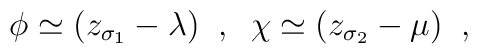
\phi\simeq(z_{\sigma_{1}}-\lambda) \;\;,          \;\;\chi\simeq(z_{\sigma_{2}}-\mu)\;\;,